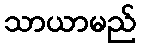
သာယာမည်